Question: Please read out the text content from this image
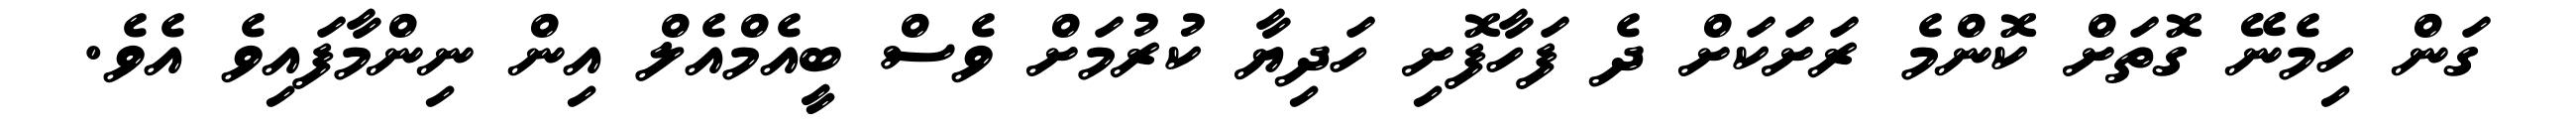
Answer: ގަން ހިމެނޭ ގޮތަށް ކޮންމެ ރަށަކަށް ދެ ފަހާފޮށި ހަދިޔާ ކުރުމަށް ވެސް ބީއެމްއެލް އިން ނިންމާފައިވެ އެވެ.